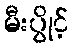
မီးပွိုင့်